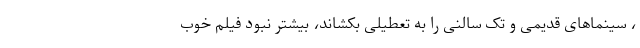
، سینماهای قدیمی و تک سالنی را به تعطیلی بکشاند، بیشتر نبود فیلم خوب